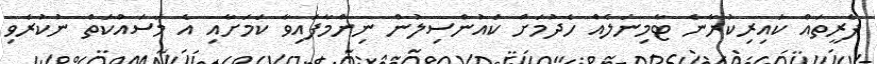
ފެރީތައް ކައިރިކުރާނެ ޓާމިނަލެއް ހެދުމަށް ކައުންސިލުން ނިންމާފައިވާ ކަމަށާއި އެ މަސައްކަތް ނުކުރެވި